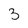
Character: 3